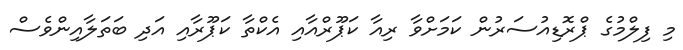
މި ފިލްމުގެ ޕްރޮޑިއުސަރުން ކަމަށްވާ ރިއާ ކަޕޫރްއާއި އެކްތާ ކަޕޫރާއި އަދި ބަތަލާއިންވެސް